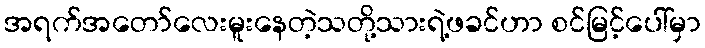
အရက်အတော်လေးမူးနေတဲ့သတို့သားရဲ့ဖခင်ဟာ စင်မြင့်ပေါ်မှာ